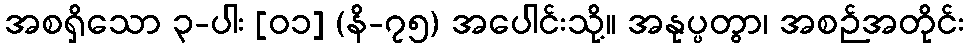
အစရှိသော ၃-ပါး [၀၁] (နိ-၇၅) အပေါင်းသို့။ အနုပ္ပတွာ၊ အစဉ်အတိုင်း